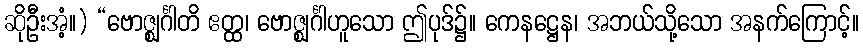
ဆိုဦးအံ့။) “ဗောဇ္ဈင်္ဂါတိ ဧတ္ထ၊ ဗောဇ္ဈင်္ဂါဟူသော ဤပုဒ်၌။ ကေနဋ္ဌေန၊ အဘယ်သို့သော အနက်ကြောင့်။